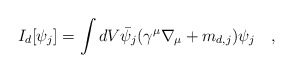
\begin{align*}I_{d}[\psi_j]= \int dV \bar{\psi}_{j}(\gamma^\mu\nabla_\mu+m_{d,j})\psi_j~~~,\end{align*}